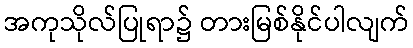
အကုသိုလ်ပြုရာ၌ တားမြစ်နိုင်ပါလျက်